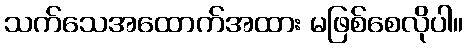
သက်သေအထောက်အထား မဖြစ်စေလိုပါ။